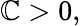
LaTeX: \mathbb{C}>0,